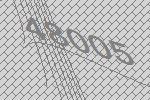
48005